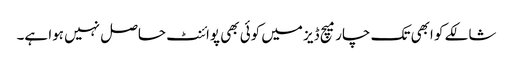
شالکے کو ابھی تک چار میچ ڈیز میں کوئی بھی پوائنٹ حاصل نہیں ہوا ہے۔